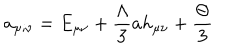
a _ { \mu ; \nu } = E _ { \mu \nu } + \frac { \Lambda } { 3 } a h _ { \mu \nu } + \frac { \Theta } { 3 }